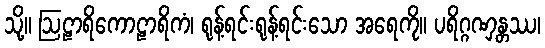
သို့။ ဩဠာရိကောဠာရိကံ၊ ရုန့်ရင်းရုန့်ရင်းသော အရေကို။ ပရိဂ္ဂဏှန္တဿ၊